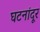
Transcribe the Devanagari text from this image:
घटनांदूर